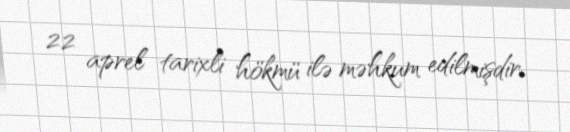
22 aprel tarixli hökmü ilə məhkum edilmişdir.